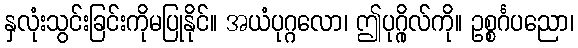
နှလုံးသွင်းခြင်းကိုမပြုနိုင်။ အယံပုဂ္ဂလော၊ ဤပုဂ္ဂိုလ်ကို။ ဥစ္စင်္ဂပညော၊